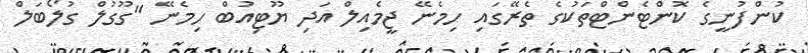
ކުންފުނީގެ ކޮންޓެންޓްތަކުގެ ތެރޭގައި ހިމެނޭ ޖީމެއިލް އަދި ޔޫޓިއުބް ހިމެނޭ "ގޫގުލް ގުލޯބަލް